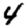
Digit: 4